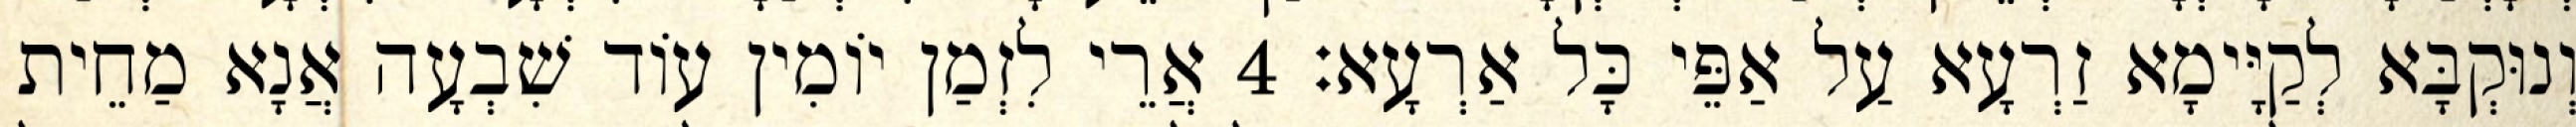
וְנוּקְבָּא לְקַיָּימָא זַרְעָא עַל אַפֵּי כָּל אַרְעָא׃ 4 אֲרֵי לִזְמַן יוֹמִין עוֹד שִׁבְעָה אֲנָא מַחֵית